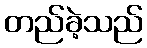
တည်ခဲ့သည်